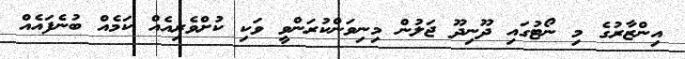
އިންޒާރުގެ މި ނޯޓުގައި ދޫނިދޫ ޖަލުން މިނިވަންކުރަންވީ ވަކި ކުށްވެރިއެއް ކަމެއް ބުނެފައެއް